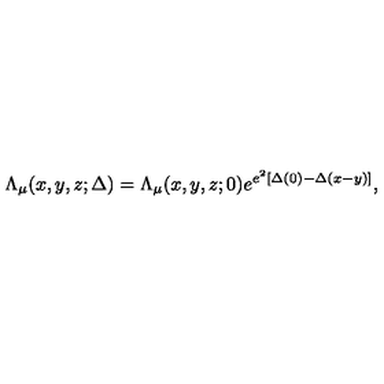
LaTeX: \Lambda _ { \mu } ( x , y , z ; \Delta ) = \Lambda _ { \mu } ( x , y , z ; 0 ) e ^ { e ^ { 2 } \left[ \Delta ( 0 ) - \Delta ( x - y ) \right] } ,